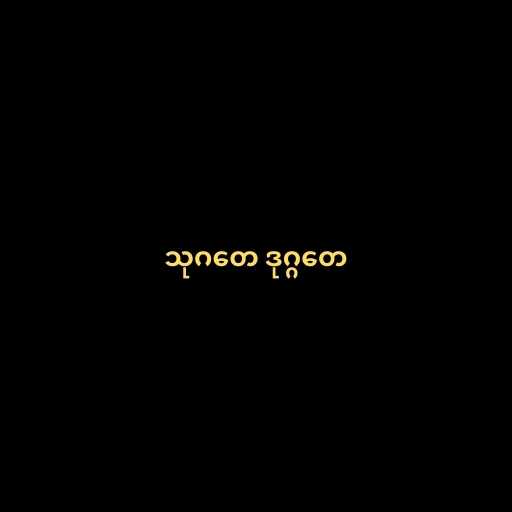
သုဂတေ ဒုဂ္ဂတေ